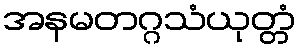
အနမတဂ္ဂသံယုတ္တံ